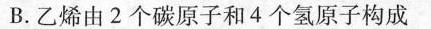
B.乙烯由2个碳原子和4个氢原子构成